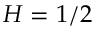
H = 1 / 2